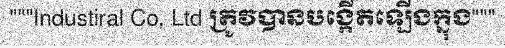
"""Industiral Co, Ltd ត្រូវបានបង្កើតឡើងក្នុង"""